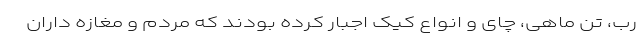
رب، تن ماهی، چای و انواع کیک اجبار کرده بودند که مردم و مغازه داران